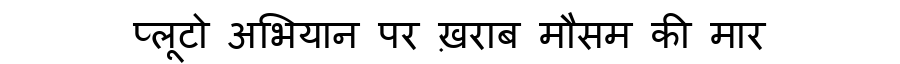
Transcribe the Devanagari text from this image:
प्लूटो अभियान पर ख़राब मौसम की मार